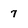
Character: 7